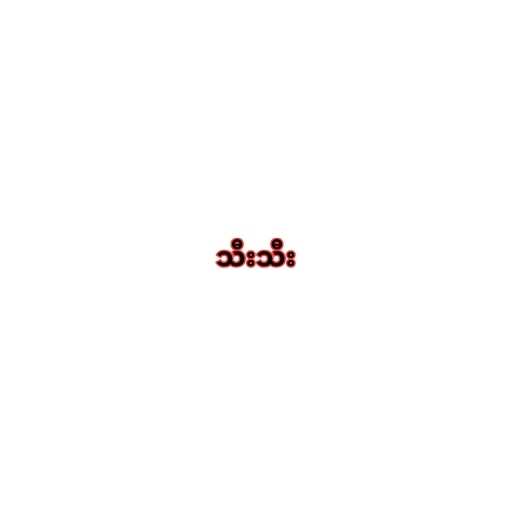
သီးသီး